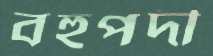
বহুপদী